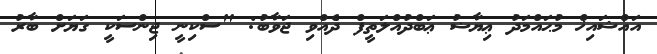
އައްޝައިޚް މުޙައްމަދު ޢިޔާޟު ޢަބްދުއްލަތީފް ދެއްވި ޖަވާބު: "ސްކިނީ ޖިންސަކީ ގަޔަށް ބާރު